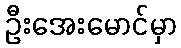
ဦးအေးမောင်မှာ